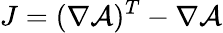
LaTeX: J=(\nabla\mathcal{A})^{T}-\nabla\mathcal{A}